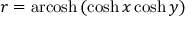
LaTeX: r = \operatorname { a r c o s h } \, ( \cosh x \cosh y )